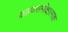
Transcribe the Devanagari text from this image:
काव्यसमीक्षात्मक